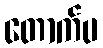
တောက်ပ